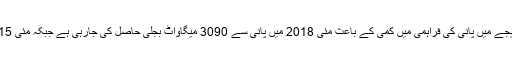
وزیراعظم کوبتایا گیاکہ موسمی صورتحال اوراس کے نتیجے میں پانی کی فراہمی میں کمی کے باعث مئی 2018 میں پانی سے 3090 میگاواٹ بجلی حاصل کی جارہی ہے جبکہ مئی 2015 میں پانی سے بجلی کی پیداوار 6333 میگاواٹ تھی۔